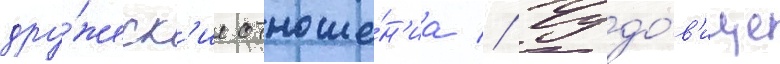
дру́жеск'ие отноше́н'иа // Чудо́в'ище